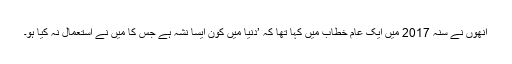
انھوں نے سنہ 2017 میں ایک عام خطاب میں کہا تھا کہ ’دنیا میں کون ایسا نشہ ہے جس کا میں نے استعمال نہ کیا ہو۔